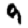
Digit: 9